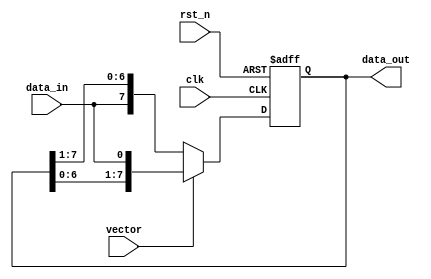
`timescale 1ns / 1ps

module param_shift_reg_LR(clk, rst_n, data_in, data_out, vector);

parameter width = 8;


input clk, rst_n, vector;

input data_in; //serial loading

output reg [width-1:0] data_out;

always @(posedge clk, negedge rst_n) begin

if(!rst_n) begin

data_out <= 0;

end
else if (vector == 0) begin

data_out <= {data_in, data_out[width-1:width-7]};

end

else if(vector == 1) begin

data_out <= {data_out[width-2:0], data_in};

end
end

endmodule